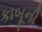
કાબૂની